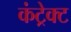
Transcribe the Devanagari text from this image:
कंट्रेक्ट